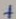
Text: +